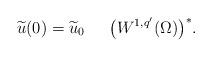
LaTeX: \begin{align*} \widetilde{u}(0)=\widetilde{u}_0\quad\;\:\big(W^{1,q'}(\Omega)\big)^*.\end{align*}